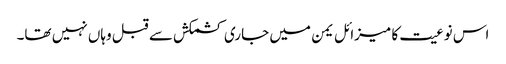
اس نوعیت کا میزائل یمن میں جاری کشمکش سے قبل وہاں نہیں تھا۔